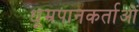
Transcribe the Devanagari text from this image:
धूम्रपानकर्ताओं